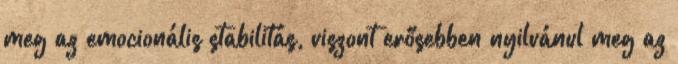
meg az emocionális stabilitás, viszont erősebben nyilvánul meg az